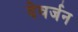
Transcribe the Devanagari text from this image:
देवर्जन